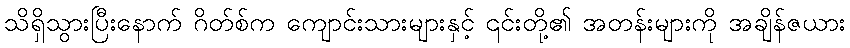
သိရှိသွားပြီးနောက် ဂိတ်စ်က ကျောင်းသားများနှင့် ၎င်းတို့၏ အတန်းများကို အချိန်ဇယား